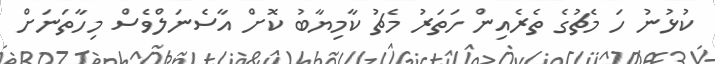
ކުޅުނު ހަ މެޗުގެ ތެރެއިން ހަތަރު މެޗު ކާމިޔާބު ކޮށް އާސެނަލްވެސް މިހާތަނަށް